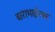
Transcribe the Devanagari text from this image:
बाराभाईच्या